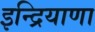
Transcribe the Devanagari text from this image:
इन्द्रियाणा